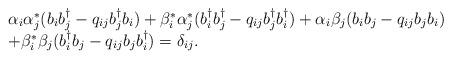
LaTeX: \begin{align*}\begin{array}{l} \alpha_{i}\alpha_{j}^{*}(b_{i}b_{j}^{\dagger} - q_{ij}b_{j}^{\dagger}b_{i}) + \beta_{i}^{*}\alpha_{j}^{*}(b_{i}^{\dagger}b_{j}^{\dagger} - q_{ij} b_{j}^{\dagger}b_{i}^{\dagger}) + \alpha_{i}\beta_{j}(b_{i}b_{j} - q_{ij} b_{j}b_{i})\\ + \beta_{i}^{*}\beta_{j}(b_{i}^{\dagger}b_{j} - q_{ij}b_{j} b_{i}^{\dagger}) = \delta_{ij} . \end{array}\end{align*}